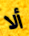
ألا